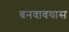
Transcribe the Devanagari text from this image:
बनवावयास